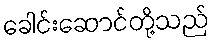
ခေါင်းဆောင်တို့သည်